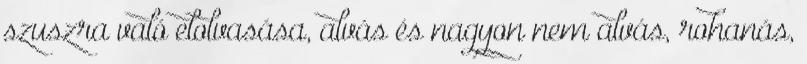
szuszra való elolvasása, alvás és nagyon nem alvás, rohanás,